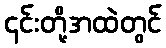
၎င်းတို့အထဲတွင်